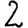
Digit: 2